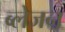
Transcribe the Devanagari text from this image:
ब्लेजन